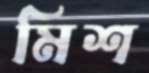
মিশ